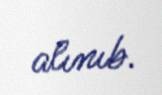
alınıb.